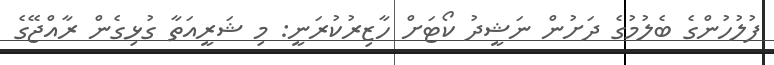
ފުލުހުންގެ ބެލުމުގެ ދަށުން ނަޝީދު ކޯޓަށް ހާޒިރުކުރަނީ: މި ޝަރީއަތާ ގުޅިގެން ރާއްޖޭގެ